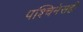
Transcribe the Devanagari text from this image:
पश्चिमेसही